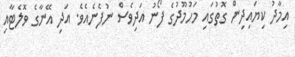
އިމާދު ކިޔައިދިން ގޮތުގައި މަހުމޫދުގެ ފޯނު އަދިވެސް ނުފެނެއެވެ. އަދި އޭނާގެ ވޮލެޓާއި